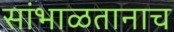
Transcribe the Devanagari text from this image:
सांभाळतानाच